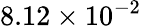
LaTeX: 8.12\times 10^{-2}